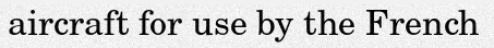
aircraft for use by the French